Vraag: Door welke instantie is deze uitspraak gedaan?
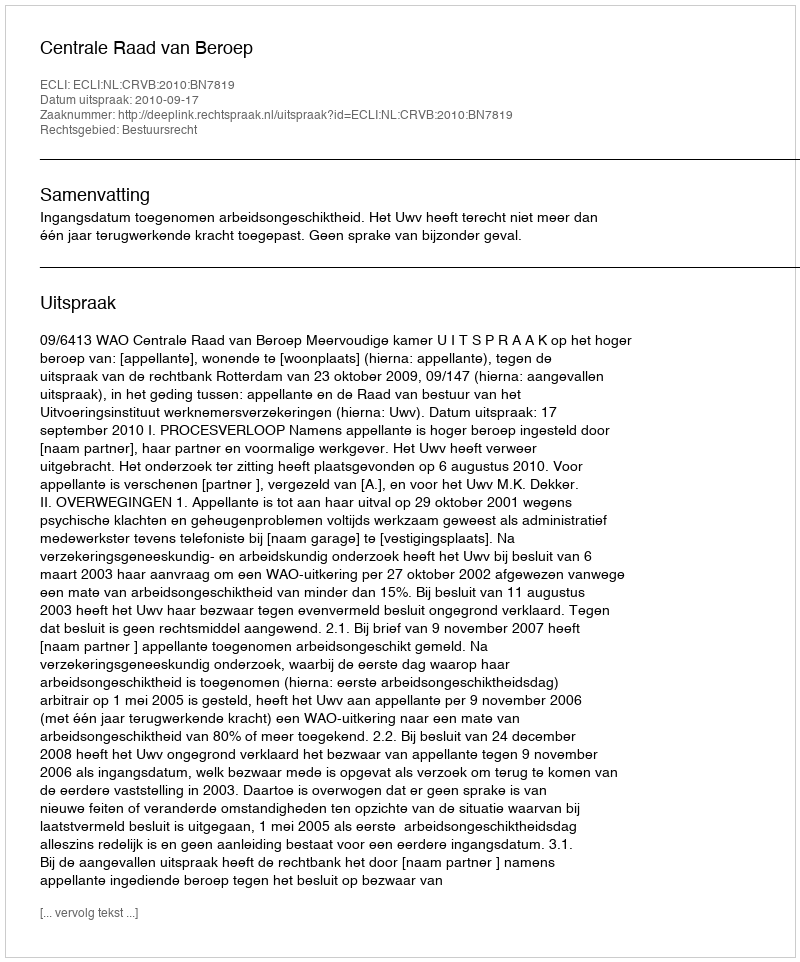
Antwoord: Centrale Raad van Beroep